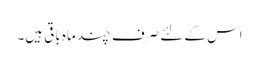
اس کے لئے صرف چند ماہ باقی ہیں۔